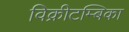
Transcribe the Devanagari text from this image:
विक्रीटम्बिका